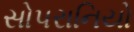
સોપરાનિયો